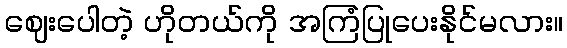
ဈေးပေါတဲ့ ဟိုတယ်ကို အကြံပြုပေးနိုင်မလား။